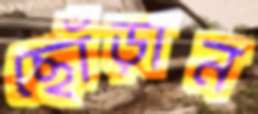
ছোঁড়ান